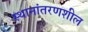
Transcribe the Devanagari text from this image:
स्थानांतरणशील